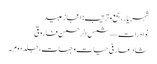
شہر یار، جمع و ترتیب: اعجاز عبید
نوادرات — شمس الرحمٰن فاروقی
شاد عارفی حیات و جہات، جلد دوم ۔